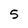
Character: 5